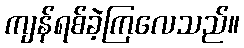
ကျန်ရစ်ခဲ့ကြလေသည်။